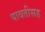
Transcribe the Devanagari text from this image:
पावतीसह